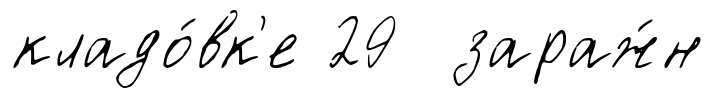
кладо́вк'е 29 зараж́н